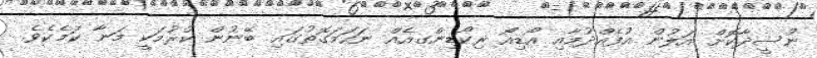
ނުސީދާކޮށް އަލުން އުފެއްދުމާއި އޯޑިއޯ ރިކޯޑިންގއެއް ނަހަމަގޮތުގައި ބޭނުން ކުރުމަކީ މަނާ ކަމެކެވެ.